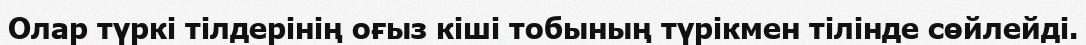
Олар түркі тілдерінің оғыз кіші тобының түрікмен тілінде сөйлейді.